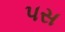
પસ